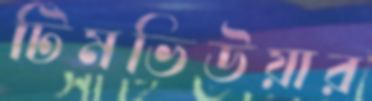
টিমভিউয়ার